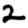
Digit: 2